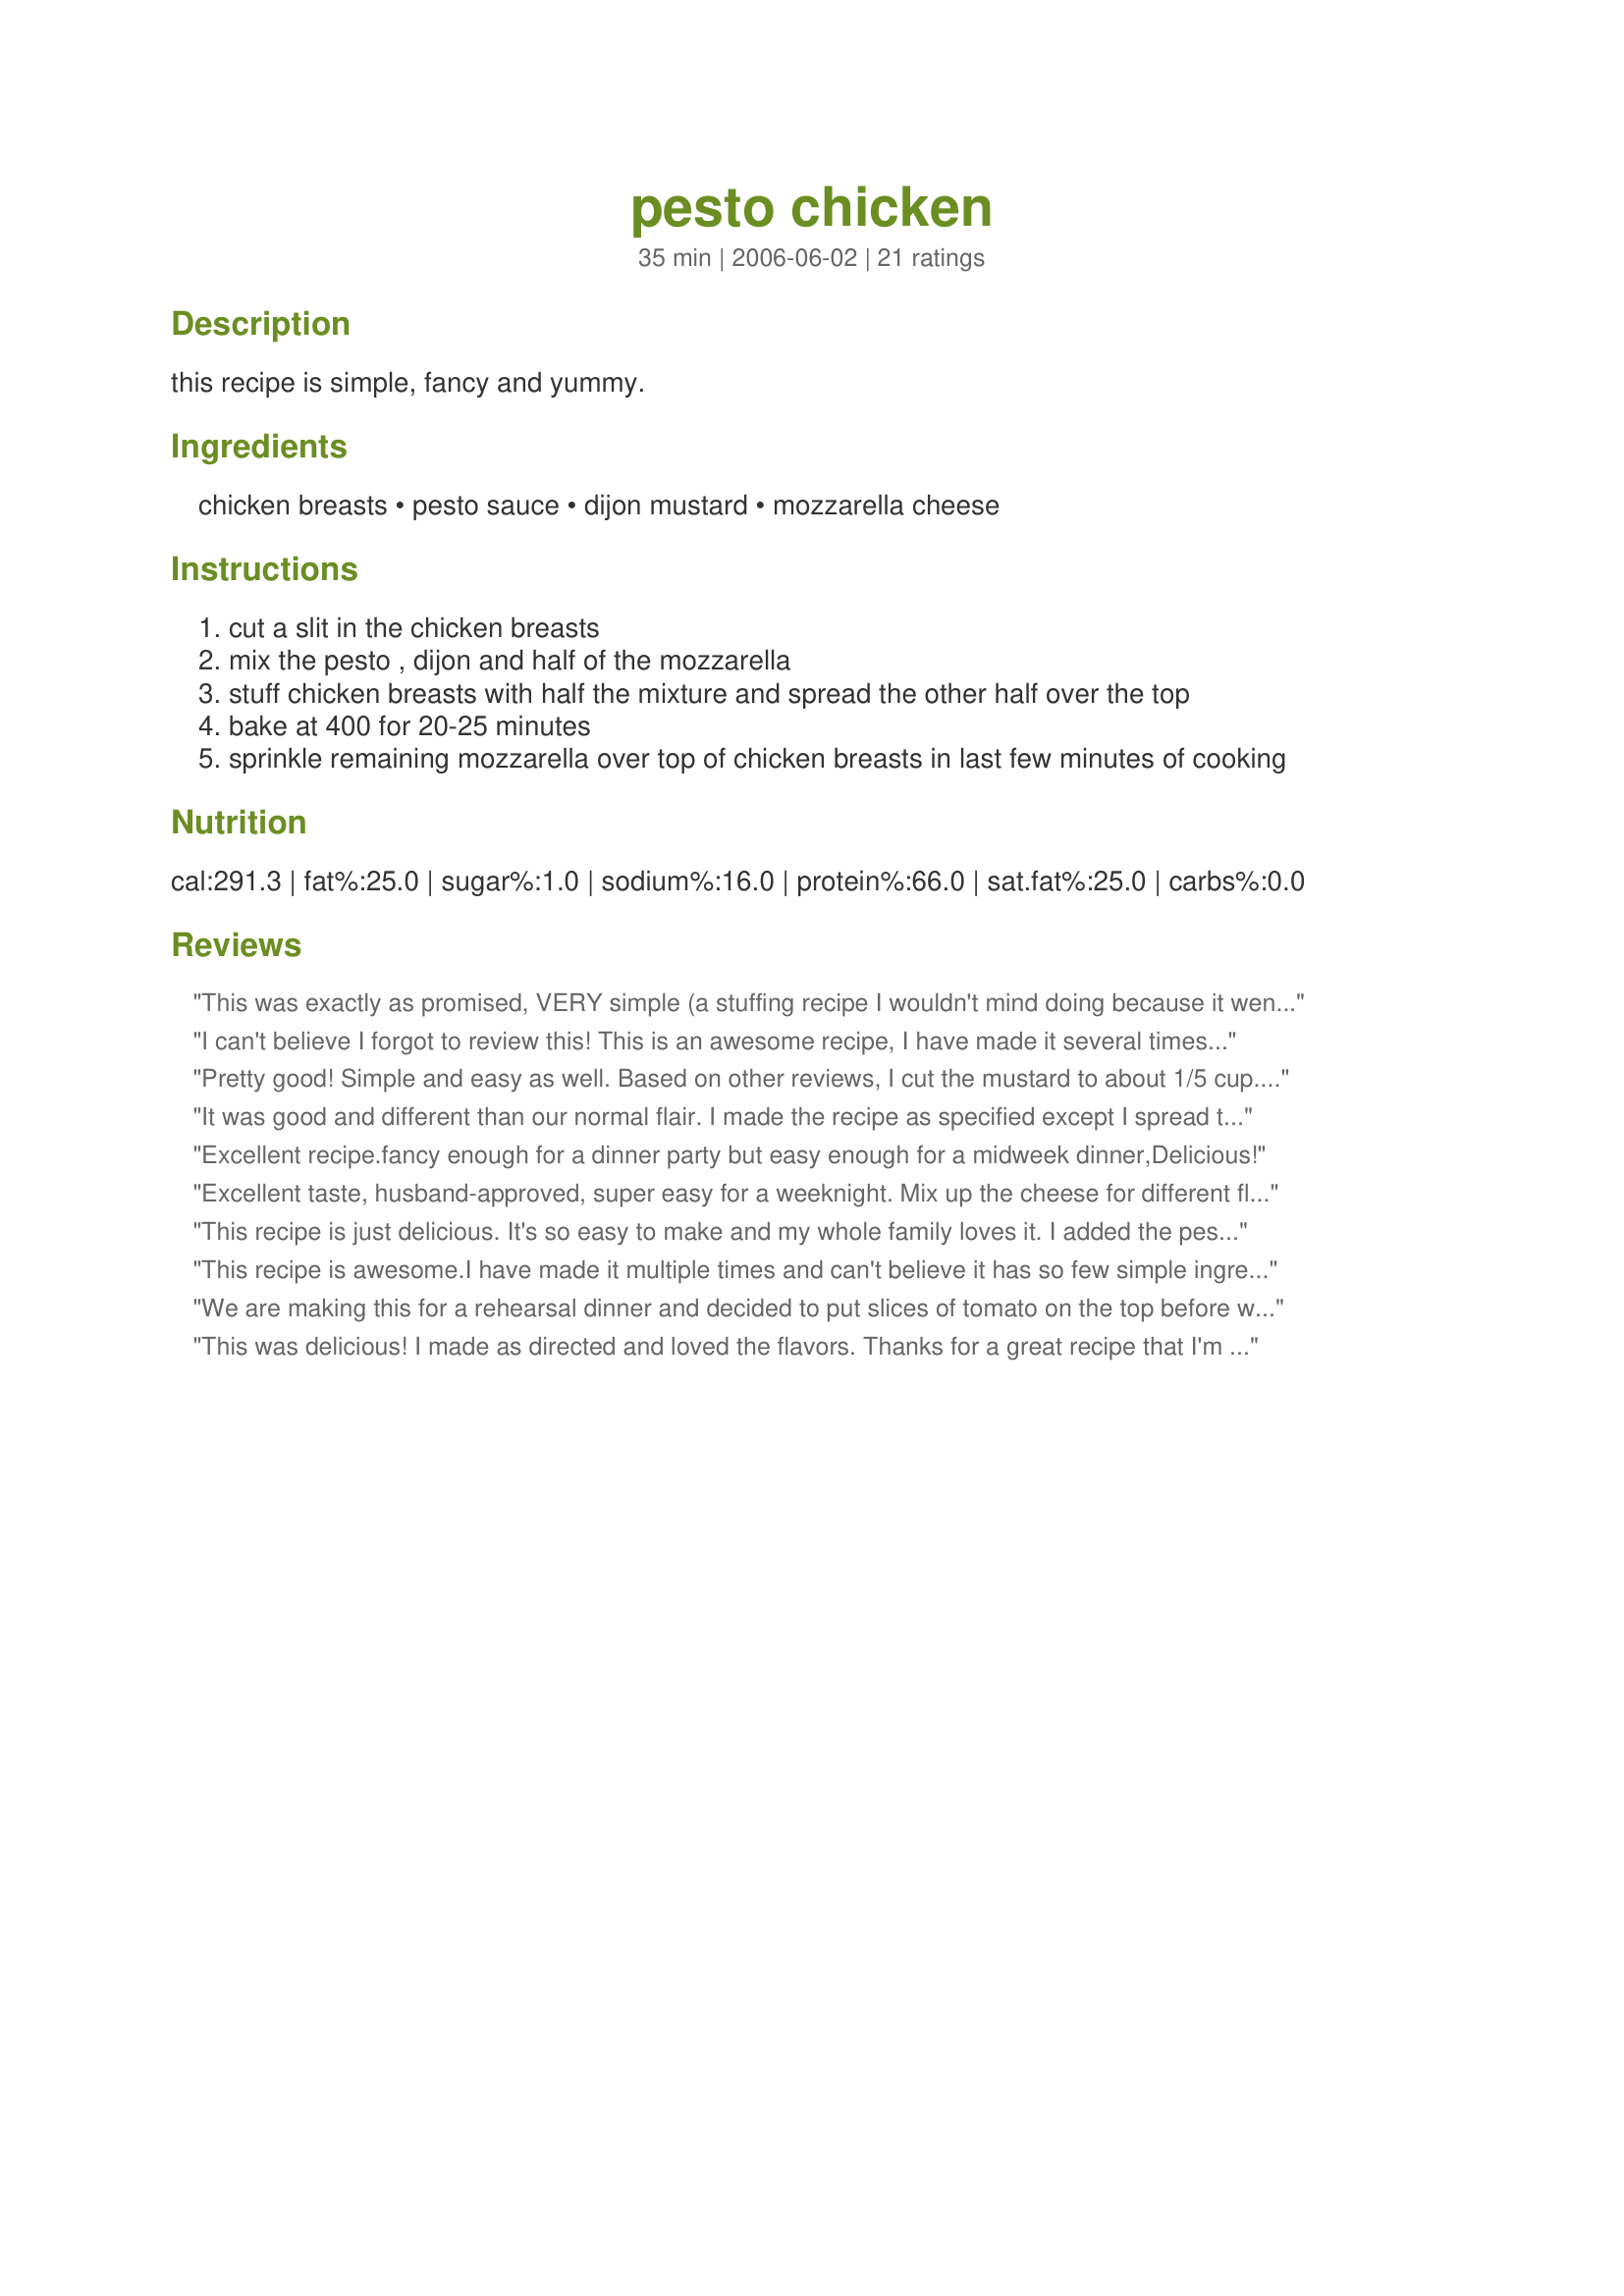
pesto chicken
Preparation time: 35 minutes

this recipe is simple, fancy and yummy.

Ingredients:
chicken breasts, pesto sauce, dijon mustard, mozzarella cheese

Steps:
cut a slit in the chicken breasts
mix the pesto , dijon and half of the mozzarella
stuff chicken breasts with half the mixture and spread the other half over the top
bake at 400 for 20-25 minutes
sprinkle remaining mozzarella over top of chicken breasts in last few minutes of cooking

Reviews:
This was exactly as promised, VERY simple (a stuffing recipe I wouldn't mind doing because it went so quickly!), very fancy looking, and VERY yummy! Everyone, including my picky picky 5yo loved this recipe. I have the feeling a lot of the flavor of this recipe depends entirely on the type of pesto and mustard you use. I used a very mild dijon and a store bought pesto, and it turned into a lovely creamy mild sauce that everyone loved. Thank you for posting this recipe. I made up 4 extras to see how it freezes for a fancy OAMC chicken recipe. :)
I can't believe I forgot to review this! This is an awesome recipe, I have made it several times now. It is so easy to throw together after a long busy day. I also thought that this was too mustardy so I cut the mustard in half now when I fix this. Such an AMAZING taste!!! Thanks for posting herby!
Pretty good! Simple and easy as well. Based on other reviews, I cut the mustard to about 1/5 cup. I used http://www.recipezaar.com/Basil-Pesto-8650 for the pesto. A little extra salt wouldn't go amiss either.
It was good and different than our normal flair. I made the recipe as specified except I spread the mixture over the chicken instead of stuffing it too. It was a bit too much mustard so I will be using less next time but I am glad I made it and we will have it again.&lt;br/&gt;&lt;br/&gt;Plated with mashed potatoes and a mixture of greens (cooked kale and swiss chard) with parmesan..
Excellent recipe.fancy enough for a dinner party but easy enough for a midweek dinner,Delicious!
Excellent taste, husband-approved, super easy for a weeknight. Mix up the cheese for different flavors, I used 1/2 parmesan and1/2 mozzarella; provolone might be good too.
This recipe is just delicious. It's so easy to make and my whole family loves it. I added the pesto and mustard to taste and sometimes use parmesan instead of mozzarella. I'll definitely make it again!
This recipe is awesome.I have made it multiple times and can't believe it has so few simple ingredients.Thanks for posting.
We are making this for a rehearsal dinner and decided to put slices of tomato on the top before we add the cheese. I think it is a nice addition.
This was delicious! I made as directed and loved the flavors. Thanks for a great recipe that I'm sure to use often!
Simple and delicious. I will be making this again in the future! Like the other reviewers, I also used less mustard and added tomato. Yum.
I love this recipe! It is so full of flavor and is great with a side salad. It's also incredibly easy. Thanks so much! :)
Super easy, quick and good. Thanks for the recipe.
This recipe is so easy to make, and my children loved it! One variation, in a separate pan, while the chicken is cooking, sautee an onion or two in butter, then spoon atop the finished chicken. Wonderful served over brown rice.
Flavorful! Next time instead of stuffing the chicken I will just spread over the whole thing. I used 1/4 cup of dijon mustard as everyone was saying 1/3 was too much. I didn&#039;t taste it at all so I will go ahead and try the 1/3. Also I sprinkled some garlic salt over it.
YUM! I used 1/2 the mustard (personal taste) and added a little extra pesto (to make up for the missing mustard)...perfect for us! Great flavor!
I liked how easy this was, but I thought the mustard flavor was too pronounced. Next time I will likely cut the mustard in half.
this is a very simple recipe to throw together after a long day, but there is too much of a dijon flavor for me. Maybe if i cut back the dijon it might be a keeper but the other half agrees...too much dijon. Thanks for sharing though.
So easy and so tasty. The whole family enjoyed this one. Gourmet flavour made in a short time. Recommend. Will make again.

Delicious! I love pesto, so this was a nice addition to our meal. I used 2 breasts (only 2 of us) and scaled back on the rest of the ingredients as well. Worked out just fine. Thank you for sharing your recipe. :)
This was a very nice chicken dish. I had a little bit more pesto then listed so I threw it in. I am glad I did because the dijon flavor was still a little too overpowering. I think the ratio of the two should be changed to be more pesto based. It was still delicious, just needed to be more of a pesto flavor. Thanks for posting!! We will be making this again.
